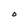
Character: O